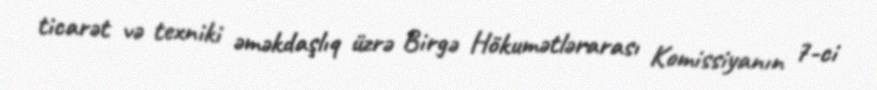
ticarət və texniki əməkdaşlıq üzrə Birgə Hökumətlərarası Komissiyanın 7-ci